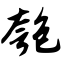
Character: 匏